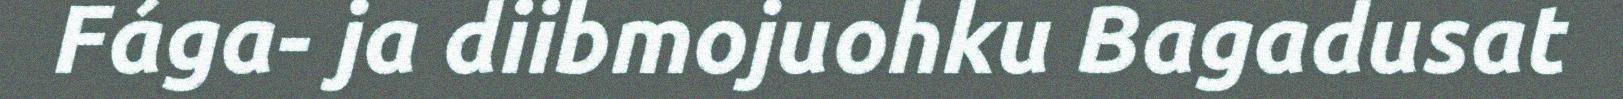
Fága- ja diibmojuohku Bagadusat